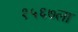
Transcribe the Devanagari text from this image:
१५६७ला